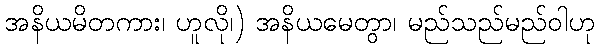
အနိယမိတကား၊ ဟူလို၊) အနိယမေတွာ၊ မည်သည်မည်ဝါဟု